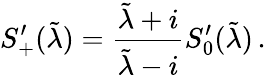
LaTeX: S_{+}^{\prime}(\tilde{\lambda})={\frac{\tilde{\lambda}+i}{\tilde{\lambda}-i}}S_{0}^{\prime}(\tilde{\lambda})\, .